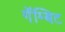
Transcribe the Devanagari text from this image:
गॅम्बिट